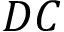
D C